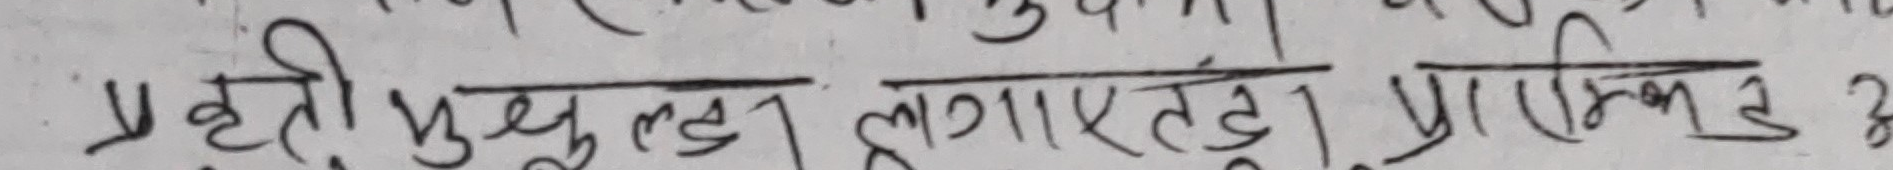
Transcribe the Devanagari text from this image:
प्रहरी प्रमुखलाई लगाएतड। प्रारखिड अ